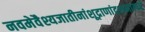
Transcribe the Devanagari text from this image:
नवमेवैश्यजातीनांशूद्राणांदशमात्परं